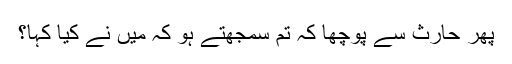
پھر حارث سے پوچھا کہ تم سمجھتے ہو کہ میں نے کیا کہا؟